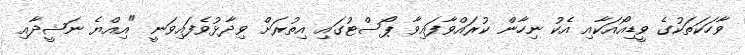
ވާހަކަތަކުގެ ވީޑިއޯއަކާއި އެކު ނިހާން ކުރައްވާފައިވާ ޕޯސްޓުގައި އިތުރަށް ވިދާޅުވެފައިވަނީ "އިއްޔެ ނަޝީދާއި